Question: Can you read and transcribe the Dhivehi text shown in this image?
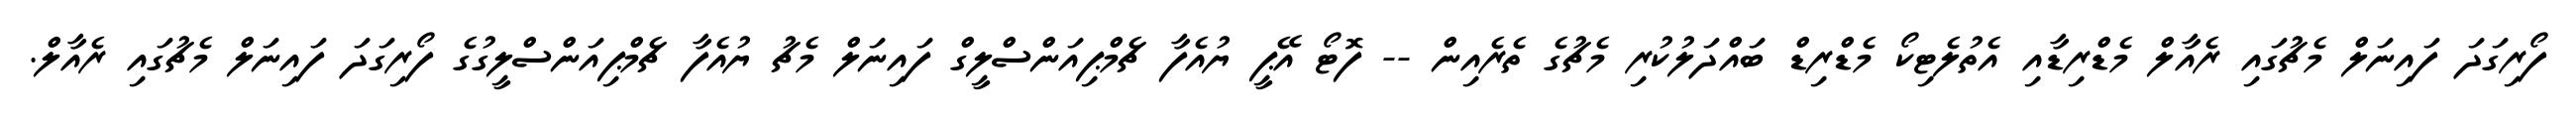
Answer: ފޯރިގަދަ ފައިނަލް މެޗުގައި ރެއާލް މެޑްރިޑާއި އެތުލެޓިކޯ މެޑްރިޑް ބައްދަލުކުރި މެޗުގެ ތެރެއިން -- ފޮޓޯ އޭޕީ ޔުއެފާ ޗެމްޕިއަންސްލީގް ފައިނަލް މެޗު ޔުއެފާ ޗެމްޕިއަންސްލީގުގެ ފޯރިގަދަ ފައިނަލް މެޗުގައި ރެއާލް.